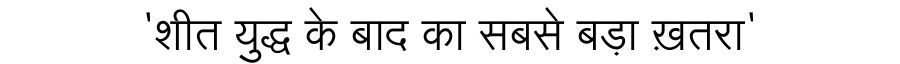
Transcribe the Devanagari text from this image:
'शीत युद्ध के बाद का सबसे बड़ा ख़तरा'